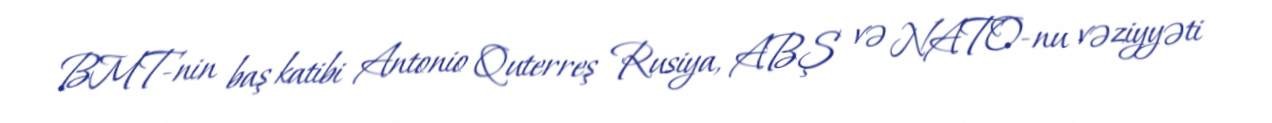
BMT-nin baş katibi Antonio Quterreş Rusiya, ABŞ və NATO-nu vəziyyəti